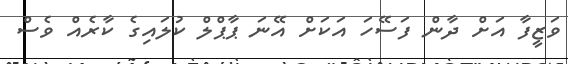
ވަޒީފާ އަށް ދާން ފަސޭހަ އަކަށް އޭނަ ޕާޕްލް ކުލައިގެ ކާރެއް ވެސް